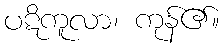
ပဋိကူလာ၊ ကုန်၏။